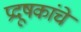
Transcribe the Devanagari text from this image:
प्रदूषकांचे